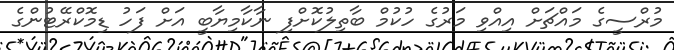
މުރްސީގެ މައްޗަށް އިއްވި މަރުގެ ހުކުމް ބާތިލުކޮށްފި ނާކާމިޔާބީ އަށް ފަހު ޑިމޮކްރޭޓުންގެ